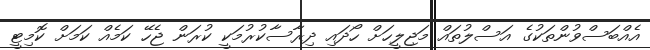
އެއްބަސްވުންތަކުގެ އަސްލުތައް މަޖިލީހަށް ހޯދައި ދިރާސާކުރުމަކީ ކުރަން ޖެހޭ ކަމެއް ކަަމަށް ކޮމިޓީ